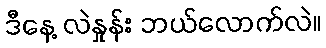
ဒီနေ့ လဲနှုန်း ဘယ်လောက်လဲ။